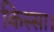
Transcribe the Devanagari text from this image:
किस्सा।